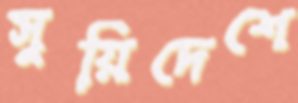
সুয়িদেশে